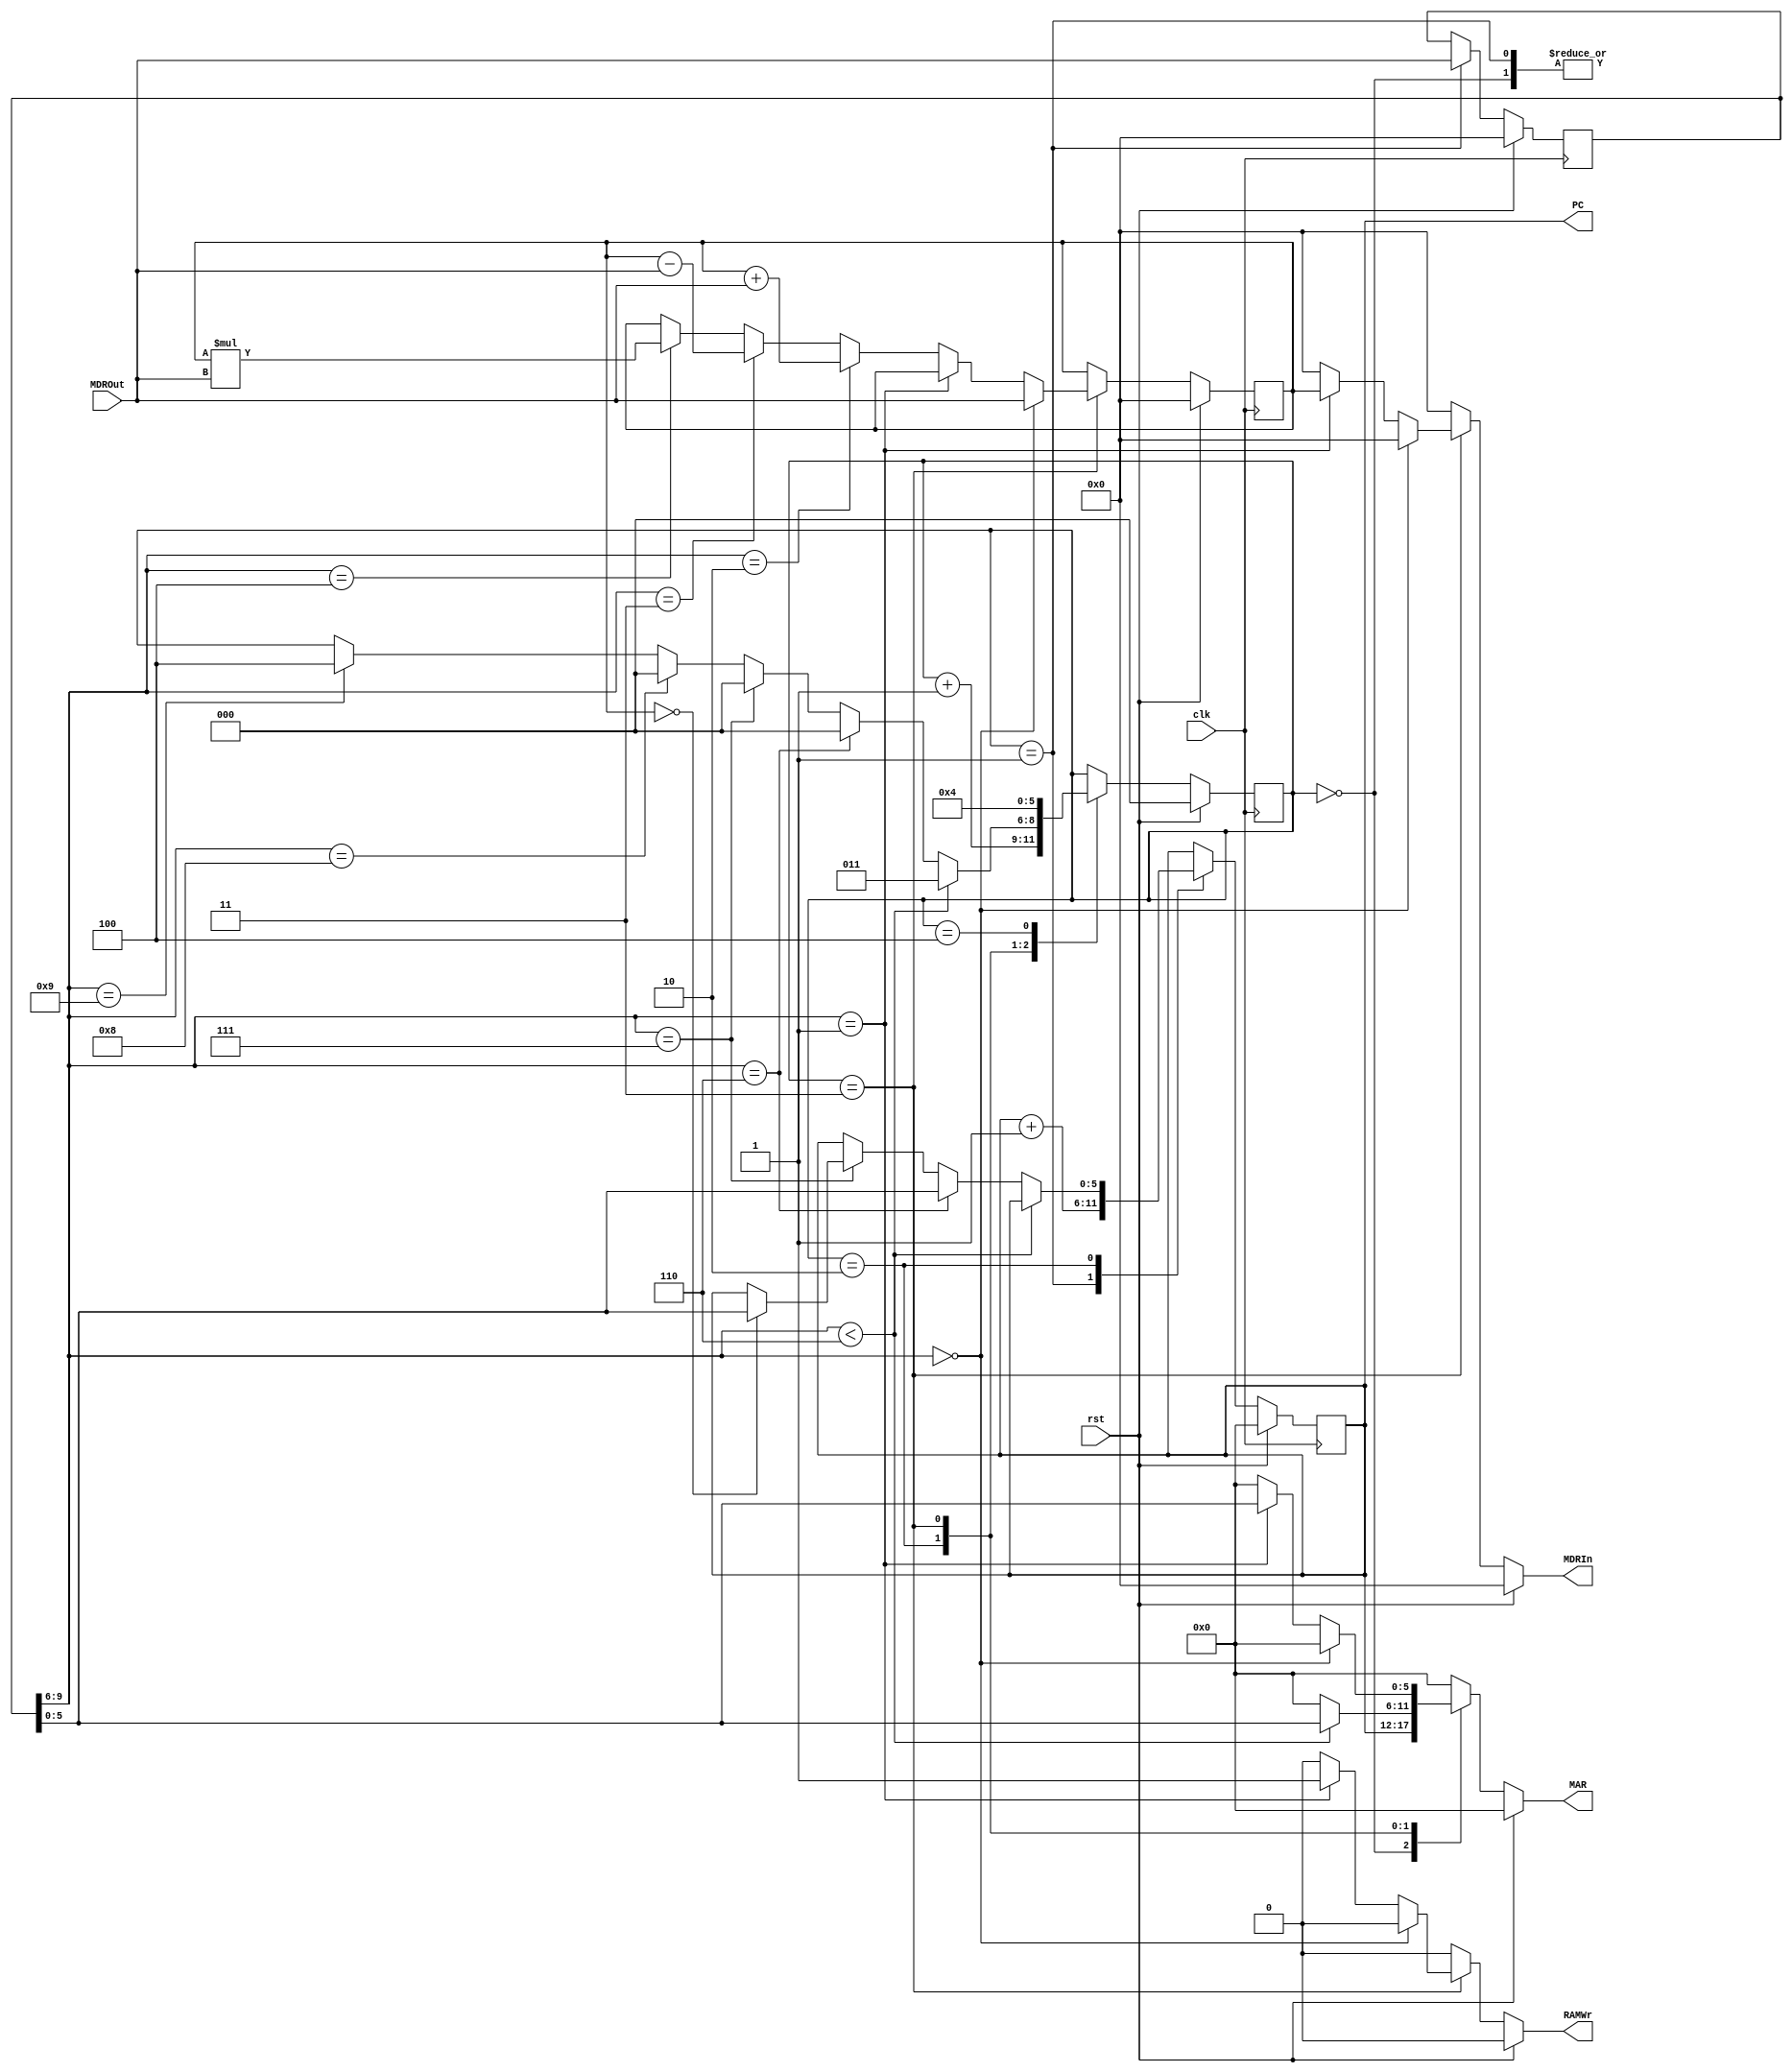
`timescale 1ns / 1ps

module FBCPU #(
    parameter ADDRESS_WIDTH = 6,
    parameter DATA_WIDTH = 10
)(
    input clk, 
    input rst, 
    output reg [DATA_WIDTH-1:0] MDRIn, 
    output reg RAMWr, 
    output reg [ADDRESS_WIDTH-1:0] MAR, 
    input [DATA_WIDTH-1:0] MDROut, 
    output reg [5:0] PC
);

reg [DATA_WIDTH - 1:0] IR, IRNext;
reg [5:0] PCNext;
reg [9:0] ACC, ACCNext;
reg [2:0] durum, durumNext;

always@(posedge clk) begin
    durum       <= #1 durumNext;
    PC          <= #1 PCNext;
    IR          <= #1 IRNext;
    ACC         <= #1 ACCNext;
end

always@(*) begin
    durumNext   = durum;
    PCNext      = PC;
    IRNext      = IR;
    ACCNext     = ACC;
    MAR         = 0;
    RAMWr       = 0;
    MDRIn       = 0;
    
    if(rst) begin
        durumNext   = 0;
        PCNext      = 0;
        MAR         = 0;
        RAMWr       = 0;
        IRNext      = 0;
        ACCNext     = 0;
        MDRIn       = 0;
    end else begin
        case(durum)
            0: begin
                MAR = PC;
                RAMWr = 0;
                durumNext = durum + 1;
            end
            
            1: begin
                IRNext = MDROut;
                PCNext = PC + 1;
                durumNext = durum + 1;
            end
            
            2: begin
                 if(IR[9:6] < 6)begin
                     MAR = IR[5:0];
                     durumNext = 3;
                 end else if(IR[9:6]==6) begin
                     PCNext = IR[5:0];
                     durumNext = 0;
                 end else if(IR[9:6]==7) begin
                     if(ACC==0)begin 
                         PCNext = IR[5:0];
                     end
                     durumNext=0;
                 end else if(IR[9:6]==8) begin
                      durumNext=0;
                 end else if(IR[9:6]==9) begin
                      durumNext=4;     
                 end
            end
            
            3: begin
                 durumNext = 0;
                 RAMWr = 0;
                 MAR = 0;
                 if (IR[9:6]==0)begin
                     ACCNext=MDROut;
                 end else if(IR[9:6]==1) begin
                     MAR=IR[5:0];
                     RAMWr=1;
                     MDRIn=ACC;
                 end else if(IR[9:6]==2) begin
                     ACCNext=ACC+MDROut; 
                 end else if(IR[9:6]==3) begin
                     ACCNext=ACC-MDROut; 
                 end else if(IR[9:6]==4) begin
                     ACCNext=ACC*MDROut; 
                 end else if(IR[9:6]==5) begin
                 end
            end
            
            4: begin
                PCNext=PC;
		durumNext=4; // buray bo brakrsak da doru alacaktr.
            end
        endcase
    end
end

endmodule